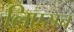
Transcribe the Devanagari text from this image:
लिएसच